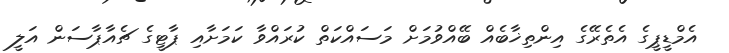
އެމްޑީޕީގެ އެތެރޭގެ އިންތިޚާބެއް ބޭއްވުމަށް މަަސައްކަތް ކުރައްވާ ކަމަށާއި ޕާޓީގެ ޗެއާޕާސަން އަލީ